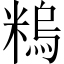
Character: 𥻼